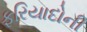
ફરિયાદોની